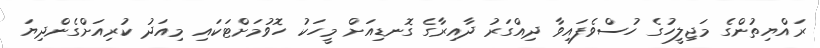
ރައްޔިތުންގެ މަޖިލީހުގެ ހުސްވެފައިވާ ދިއްގަރު ދާއިރާގެ ގޮނޑިއަށް މީހަކު ހޮވުމަށްޓަކައި މިއަދު ކުރިއަށްގެންދިޔަ